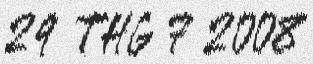
29 THG 7 2008